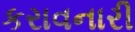
કરાવનારી